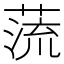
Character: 蓅